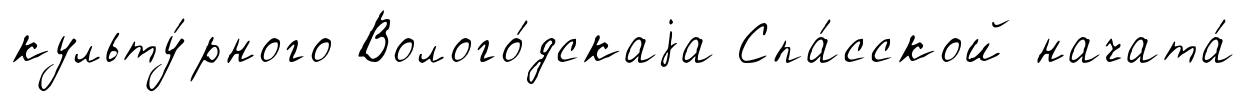
культу́рного Волого́дскаjа Спа́сской начата́